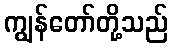
ကျွန်တော်တို့သည်